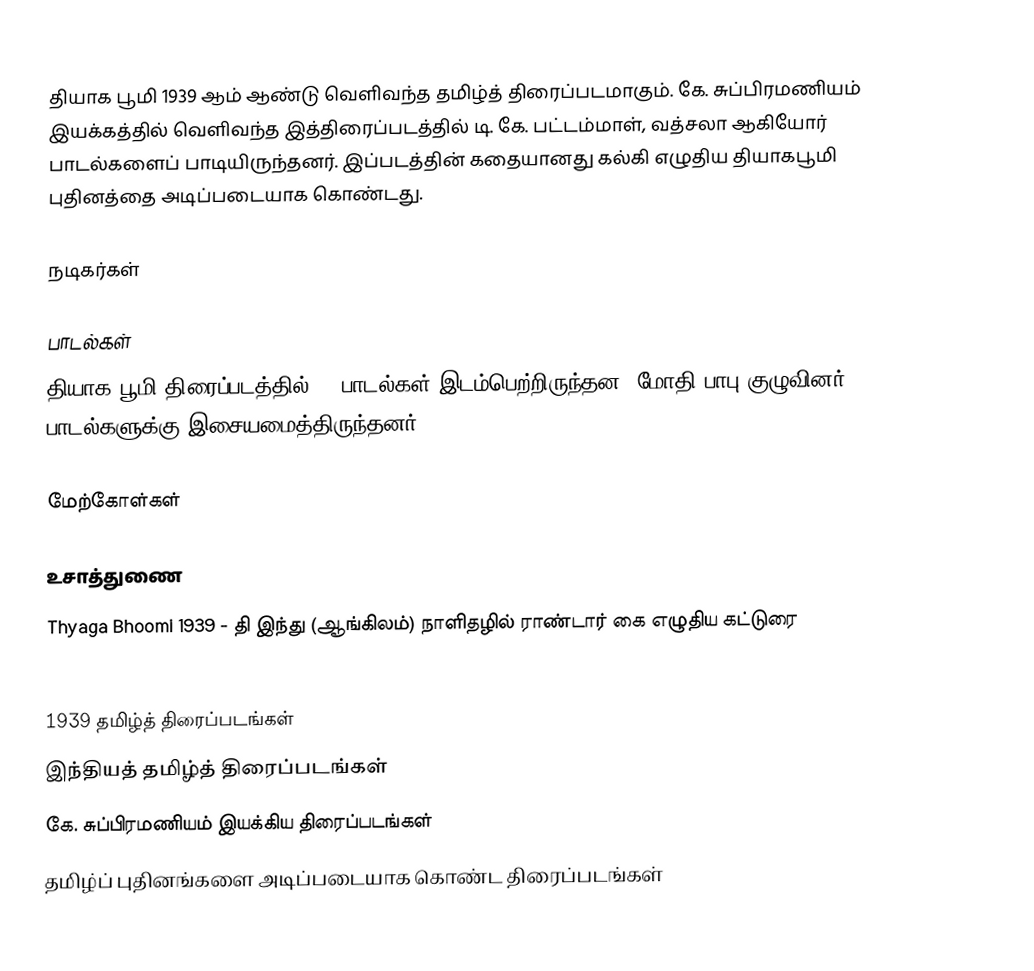
தியாக பூமி 1939 ஆம் ஆண்டு வெளிவந்த தமிழ்த் திரைப்படமாகும். கே. சுப்பிரமணியம் இயக்கத்தில் வெளிவந்த இத்திரைப்படத்தில் டி. கே. பட்டம்மாள், வத்சலா ஆகியோர் பாடல்களைப் பாடியிருந்தனர். இப்படத்தின் கதையானது கல்கி எழுதிய தியாகபூமி புதினத்தை அடிப்படையாக கொண்டது.

நடிகர்கள்

பாடல்கள்
தியாக பூமி திரைப்படத்தில் 17 பாடல்கள் இடம்பெற்றிருந்தன. மோதி பாபு குழுவினர் பாடல்களுக்கு இசையமைத்திருந்தனர்.

மேற்கோள்கள்

உசாத்துணை
 Thyaga Bhoomi 1939 - தி இந்து (ஆங்கிலம்) நாளிதழில் ராண்டார் கை எழுதிய கட்டுரை

1939 தமிழ்த் திரைப்படங்கள்
இந்தியத் தமிழ்த் திரைப்படங்கள்
கே. சுப்பிரமணியம் இயக்கிய திரைப்படங்கள்
தமிழ்ப் புதினங்களை அடிப்படையாக கொண்ட திரைப்படங்கள்